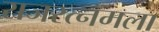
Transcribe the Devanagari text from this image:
राजरत्नमला